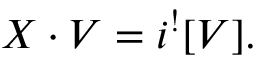
X \cdot V = i ^ { ! } [ V ] .